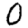
Digit: 0